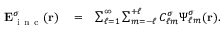
\begin{array} { r l r } { { \bf E } _ { \mathrm { ~ i ~ n ~ c ~ } } ^ { \sigma } ( { \bf r } ) } & { { } = } & { \sum _ { \ell = 1 } ^ { \infty } \sum _ { m = - \ell } ^ { + \ell } C _ { \ell m } ^ { \sigma } \boldsymbol { \Psi } _ { \ell m } ^ { \sigma } ( { \bf r } ) . } \end{array}